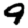
Digit: 9